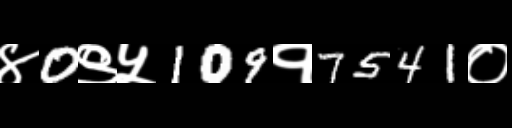
Text: ४0९५109१7541०